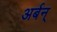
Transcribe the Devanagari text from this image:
अर्बन्